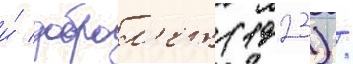
и́ доброл'ет (1923) /